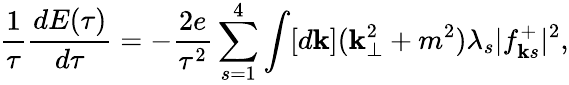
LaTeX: {\frac{1}{\tau}}{\frac{dE(\tau)}{d\tau}}=-{\frac{2e}{\tau^{2}}}\sum_{s=1}^{4}\int[d{\mathbf k}]({\mathbf k}_{\perp}^{2}+m^{2})\lambda_{s}\vert f_{{\mathbf k}s}^{+}\vert^{2},